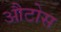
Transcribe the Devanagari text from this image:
औटोस